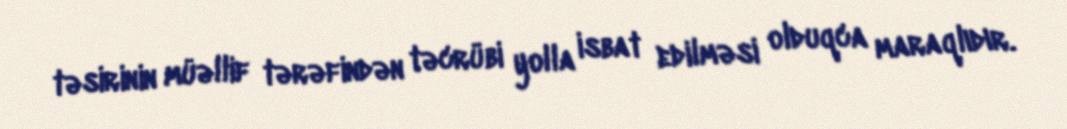
təsirinin müəllif tərəfindən təcrübi yolla isbat edilməsi olduqca maraqlıdır.